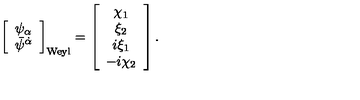
\left[ \begin{array} { c } { \psi _ { \alpha } } \\ { \bar { \psi } ^ { \dot { \alpha } } } \\ \end{array} \right] _ { \mathrm { W e y l } } = \left[ \begin{array} { c } { \chi _ { 1 } } \\ { \xi _ { 2 } } \\ { i \xi _ { 1 } } \\ { - i \chi _ { 2 } } \\ \end{array} \right] .